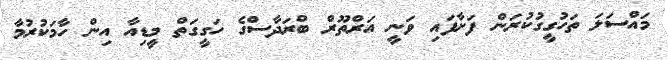
މައްސަލަ ތަހުގީގުކުރަން ފަށާފައި ވަނީ އަރްތޫރް ބްރަދާސްގެ ހަގީގަތް މީޑިއާ އިން ހާމަކުރުމާ